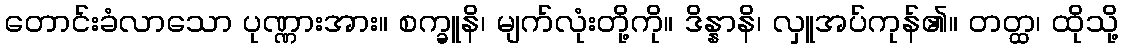
တောင်းခံလာသော ပုဏ္ဏားအား။ စက္ခူနိ၊ မျက်လုံးတို့ကို။ ဒိန္နာနိ၊ လှူအပ်ကုန်၏။ တတ္ထ၊ ထိုသို့